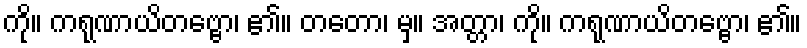
ကို။ ကရုဏာယိတဗ္ဗော၊ ၏။ တတော၊ မှ။ အတ္တာ၊ ကို။ ကရုဏာယိတဗ္ဗော၊ ၏။